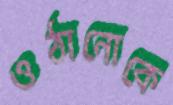
ওঠানোকে